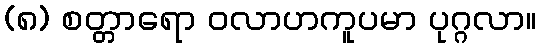
(၈) စတ္တာရော ဝလာဟကူပမာ ပုဂ္ဂလာ။